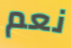
نعم